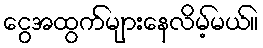
ငွေအထွက်များနေလိမ့်မယ်။